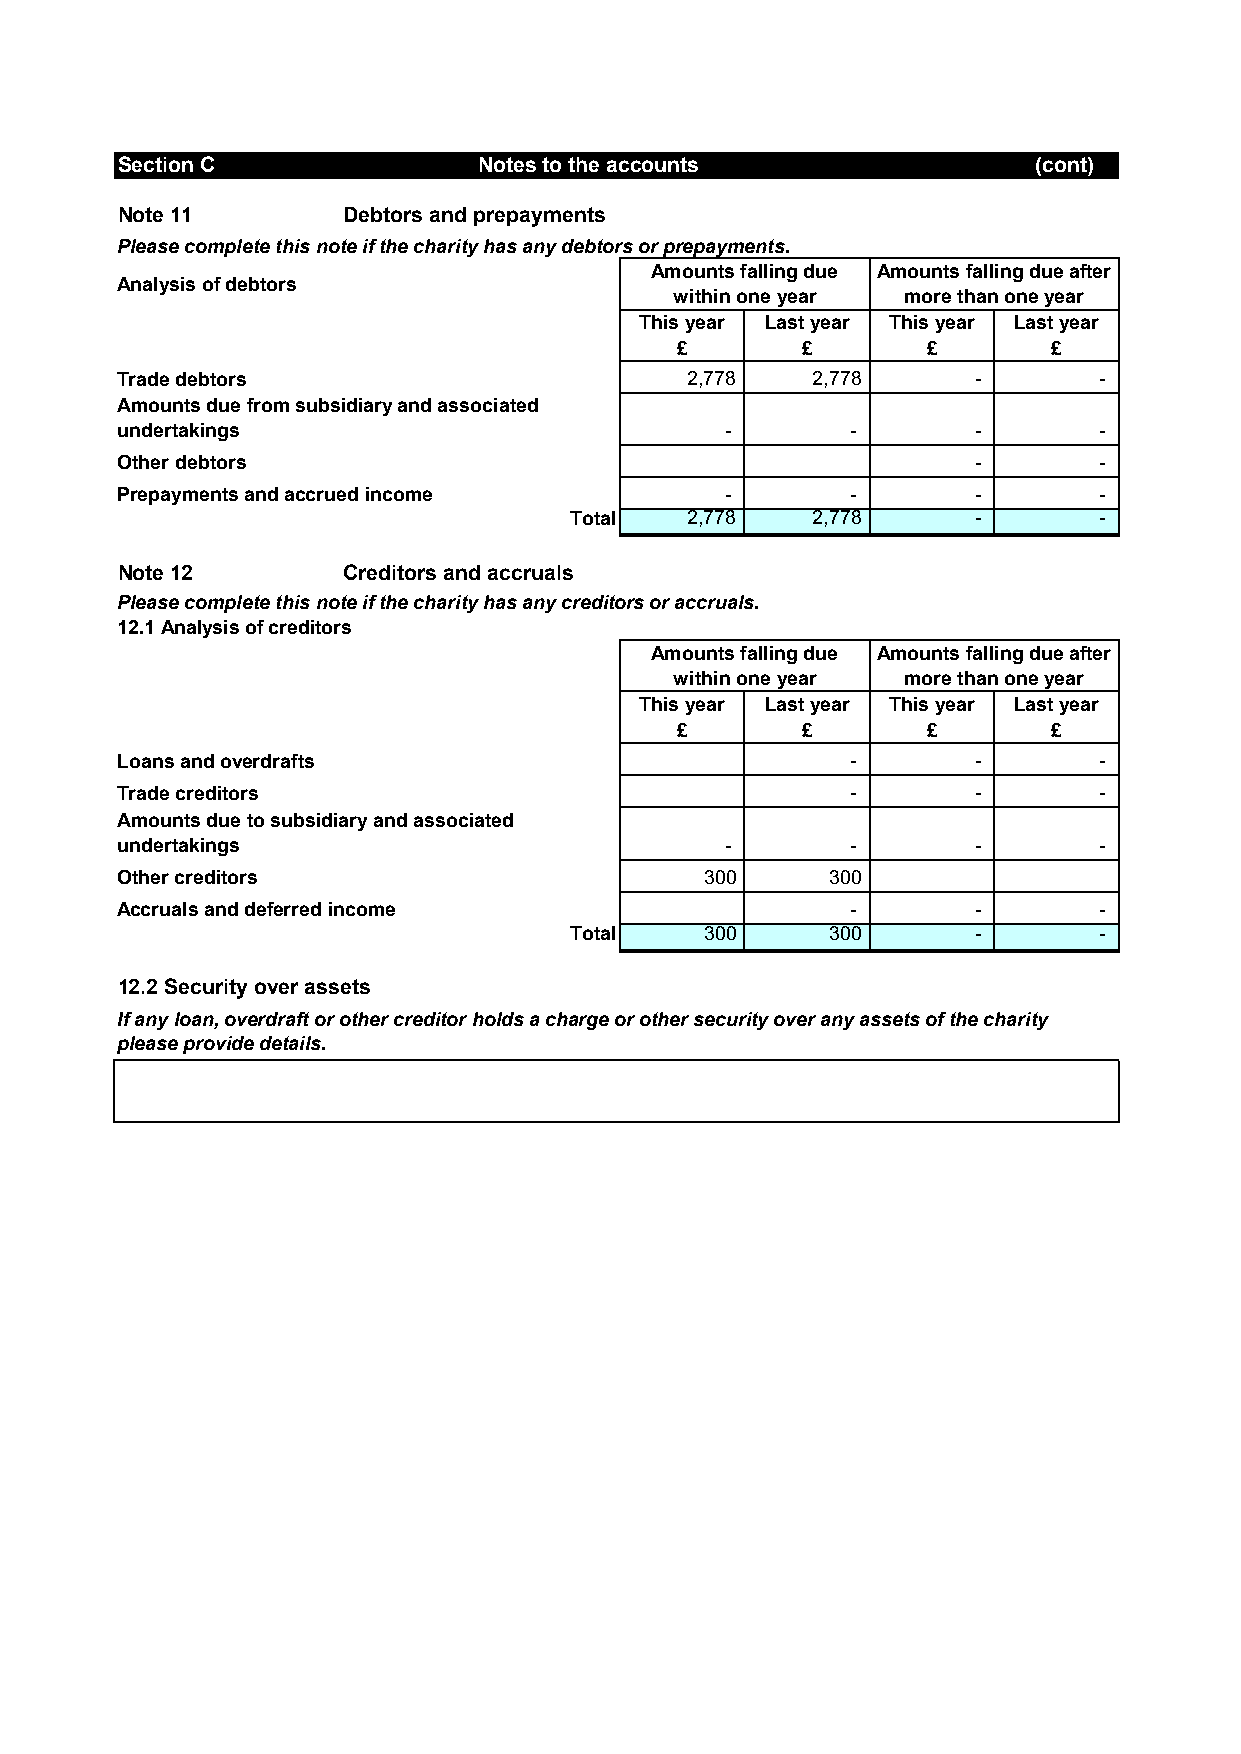
Section C               Notes to the accounts               (cont)
 Note 11        Debtors and prepayments
 Please complete this note if the charity has any debtors or prepayments.
 Amounts falling due Amounts falling due after
 Analysis of debtors
 within one year more than one year
 This year Last year This year Last year
 £       £       £        £
 Trade debtors                         2,778   2,778      -       -
 Amounts due from subsidiary and associated
 undertakings                            -       -        -       -
 Other debtors                                            -       -
 Prepayments and accrued income          -       -        -       -
 Total   2,778   2,778      -       -
 Note 12        Creditors and accruals
 Please complete this note if the charity has any creditors or accruals.
 12.1 Analysis of creditors
 Amounts falling due Amounts falling due after
 within one year more than one year
 This year Last year This year Last year
 £       £       £        £
 Loans and overdrafts                            -        -       -
 Trade creditors                                 -        -       -
 Amounts due to subsidiary and associated
 undertakings                            -       -        -       -
 Other creditors                        300     300
 Accruals and deferred income                    -        -       -
 Total    300     300       -       -
 12.2 Security over assets
 If any loan, overdraft or other creditor holds a charge or other security over any assets of the charity
 please provide details.